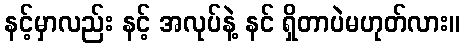
နင့်မှာလည်း နင့် အလုပ်နဲ့ နင် ရှိတာပဲမဟုတ်လား။